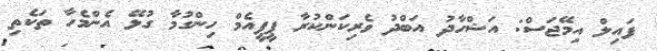
ފައިލް އިމޭޖަސް: އަޝްހާދު އަބްދު ވެރިކަންކުރާ ޕީޕީއެމް ހިންގުމާ ގުޅޭ އެންމެހާ ތަކެތި